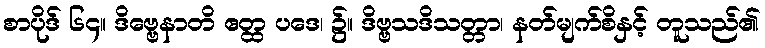
စာပိုဒ် ၆၄။ ဒိဗ္ဗေနာတိ ဧတ္ထ ပဒေ၊ ၌။ ဒိဗ္ဗသဒိသတ္တာ၊ နတ်မျက်စိနှင့် တူသည်၏